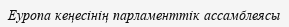
Еуропа кеңесінің парламенттік ассамблеясы